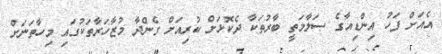
އެއަށް ފަހު އިންޑިއާގެ ސަލާމަތީ ބާރުތަކާ ދެކޮޅަށް ކުރިއަށް ގެންދާ މުޒާހަރާތަކުގައި މިހާތަނަށް